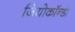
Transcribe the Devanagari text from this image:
जियोकॉन्डो